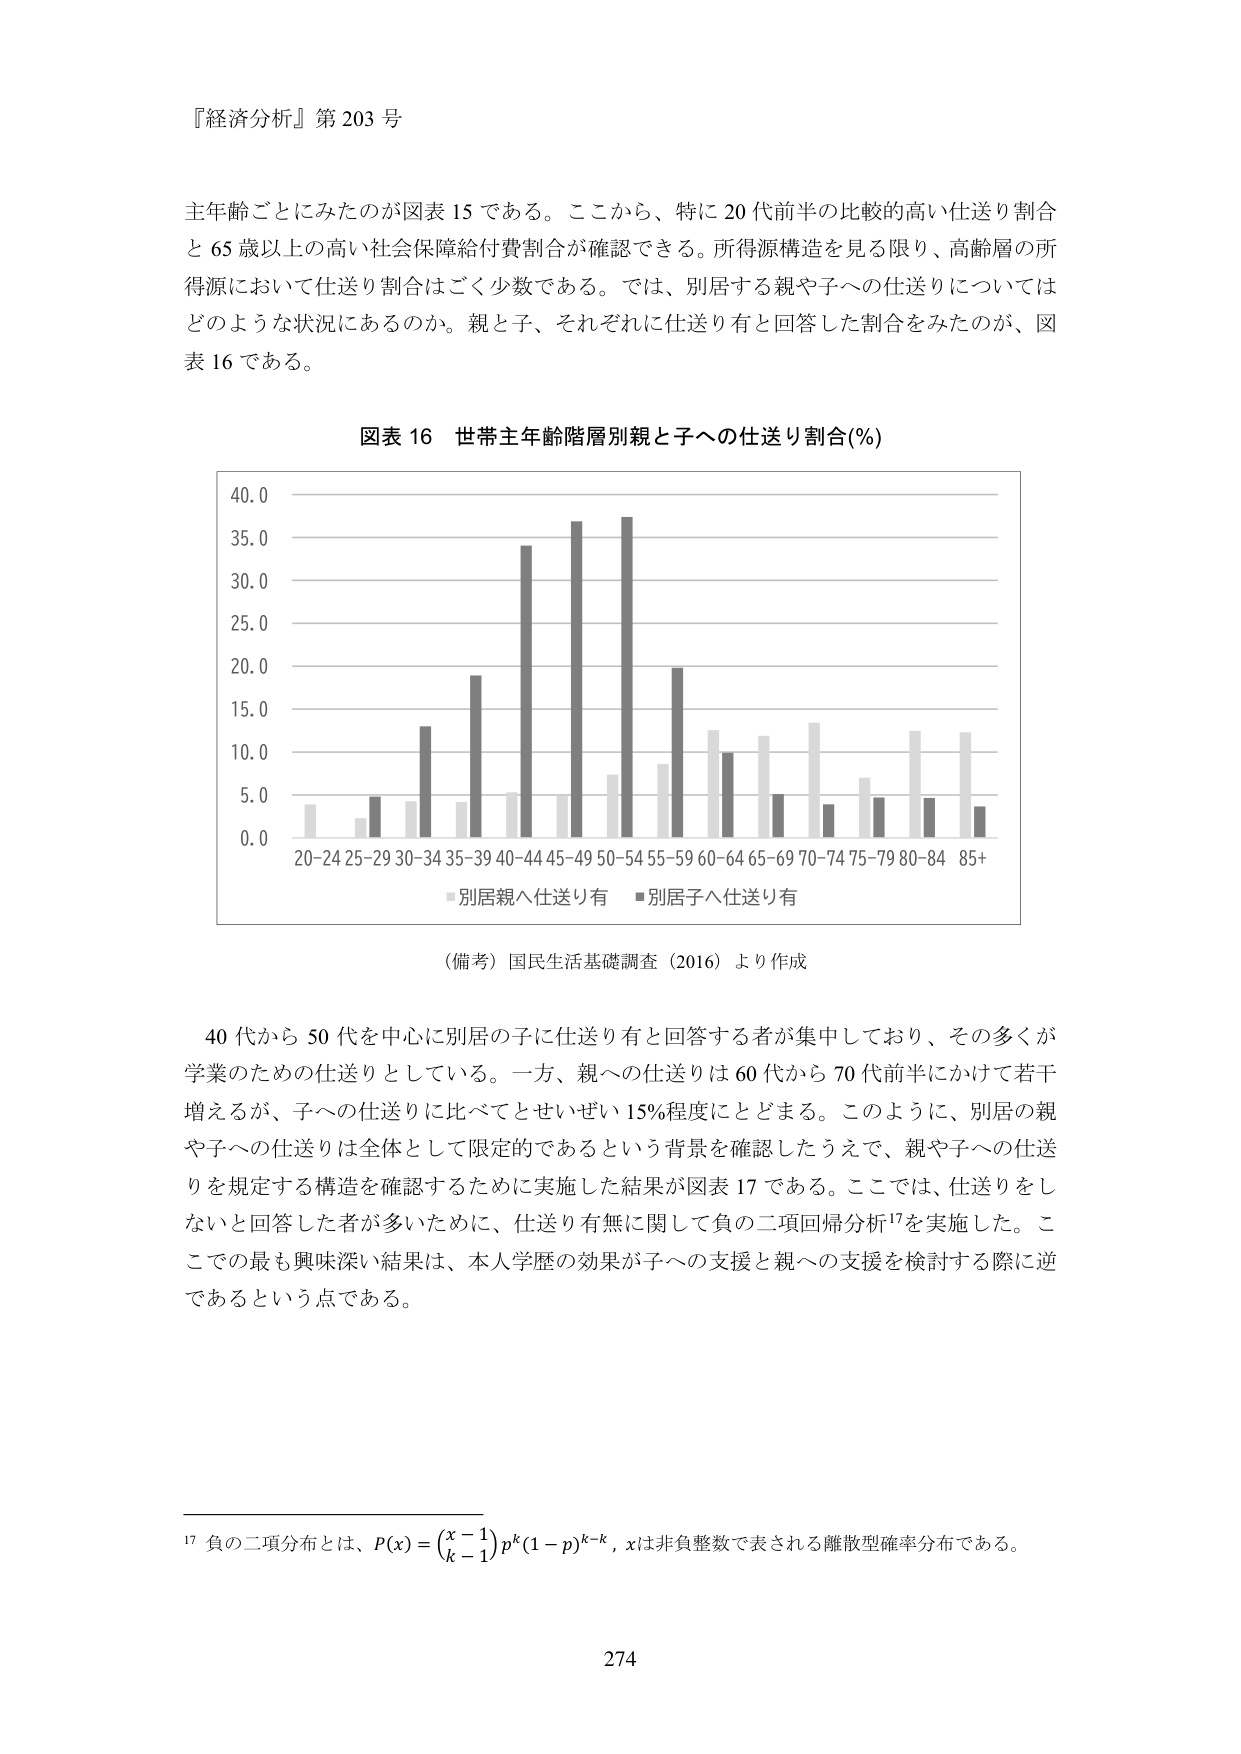
『経済分析』第 203 号

主年齢ごとにみたのが図表 15 である。ここから、特に 20 代前半の比較的高い仕送り割合と 65 歳以上の高い社会保障給付費割合が確認できる。所得源構造を見る限り、高齢層の所得源において仕送り割合はごく少数である。では、別居する親や子への仕送りについてはどのような状況にあるのか。親と子、それぞれに仕送り有と回答した割合をみたのが、図表 16 である。

図表 16 世帯主年齢階層別親と子への仕送り割合(%)

40.0
35.0
30.0
25.0
20.0
15.0
10.0
5.0
0.0
20-24 25-29 30-34 35-39 40-44 45-49 50-54 55-59 60-64 65-69 70-74 75-79 80-84 85+
■別居親へ仕送り有 ■別居子へ仕送り有

（備考）国民生活基礎調査（2016）より作成

40 代から 50 代を中心に別居の子に仕送り有と回答する者が集中しており、その多くが学業のための仕送りとしている。一方、親への仕送りは 60 代から 70 代前半にかけて若干増えるが、子への仕送りに比べてとせいぜい 15%程度にとどまる。このように、別居の親や子への仕送りは全体として限定的であるという背景を確認したうえで、親や子への仕送りを規定する構造を確認するために実施した結果が図表 17 である。ここでは、仕送りをしないと回答した者が多いために、仕送り有無に関して負の二項回帰分析¹⁷を実施した。ここでの最も興味深い結果は、本人学歴の効果が子への支援と親への支援を検討する際に逆であるという点である。

¹⁷ 負の二項分布とは、P(x) = (x-1 choose k-1) p^k (1-p)^(k-x), xは非負整数で表される離散型確率分布である。

274